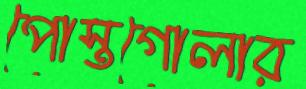
পোস্তগোলার